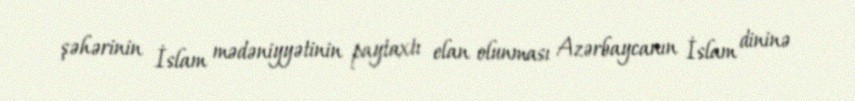
şəhərinin İslam mədəniyyətinin paytaxtı elan olunması Azərbaycanın İslam dininə